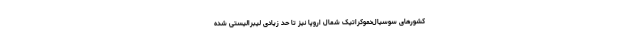
کشورهای سوسیال‌دموکراتیک شمال اروپا نیز تا حد زیادی لیبرالیستی شده